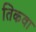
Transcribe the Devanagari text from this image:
तिकवा